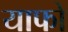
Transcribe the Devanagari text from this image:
याफो